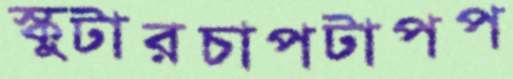
স্কুটারচাপটাপপ